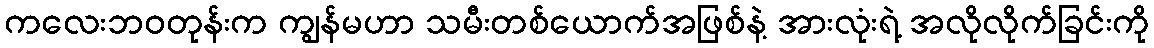
ကလေးဘဝတုန်းက ကျွန်မဟာ သမီးတစ်ယောက်အဖြစ်နဲ့ အားလုံးရဲ့ အလိုလိုက်ခြင်းကို